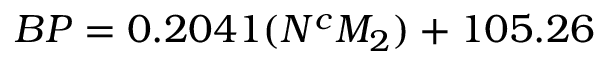
B P = 0 . 2 0 4 1 ( N ^ { c } M _ { 2 } ) + 1 0 5 . 2 6